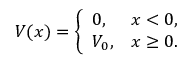
V ( x ) = { \left\{ \begin{array} { l l } { 0 , } & { x < 0 , } \\ { V _ { 0 } , } & { x \geq 0 . } \end{array} \right. }